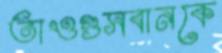
তাওগুসবানকে